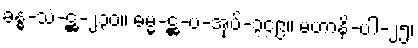
ခန္ဓ-သံ-ဋ္ဌ-၂၃၀။ ဓမ္မ-ဋ္ဌ-ပ-အုပ်-၃၄၉။ မဟာနိ-ပါ-၂၅၊